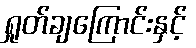
ရှုတ်ချကြောင်းနှင့်